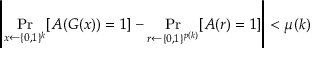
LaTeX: \left| \operatorname* { P r } _ { x \gets \{ 0 , 1 \} ^ { k } } [ A ( G ( x ) ) = 1 ] - \operatorname* { P r } _ { r \gets \{ 0 , 1 \} ^ { p ( k ) } } [ A ( r ) = 1 ] \right| < \mu ( k )